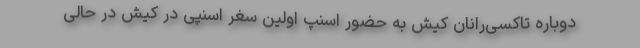
دوباره تاکسی‌رانان کیش به حضور اسنپ اولین سغر اسنپی در کیش در حالی